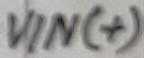
Text: VIN(+)